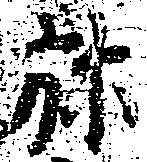
弥